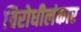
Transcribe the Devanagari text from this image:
विरोधीलंकार